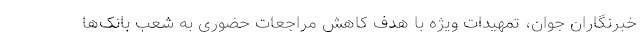
خبرنگاران جوان، تمهیدات ویژه با هدف کاهش مراجعات حضوری به شعب بانک‌ها